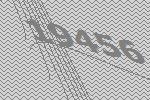
19456